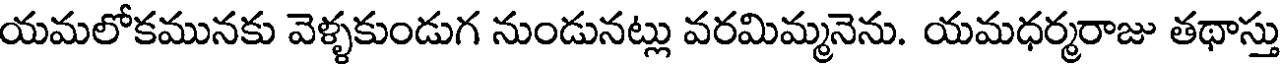
యమలోకమునకు వెళ్ళకుండుగ నుండునట్లు వరమిమ్మనెను. యమధర్మరాజు తథాస్తు